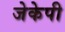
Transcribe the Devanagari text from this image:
जेकेपी